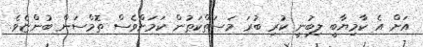
އަށް އެ ކާމިޔާބީ ލިބުނީ ކުރި ބުރަ މަސަތްކަތުން ކަމަށްވެސް ތޮމްސަން ބުންޏެވެ.